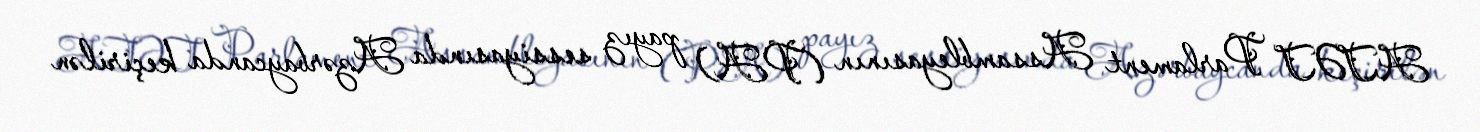
ATƏT Parlament Assambleyasının (PA) payız sessiyasında Azərbaycanda keçirilən